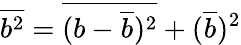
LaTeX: \overline{{b^{2}}}=\overline{{(b-\overline{{b}})^{2}}}+(\overline{{b}})^{2}